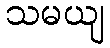
သမယျ